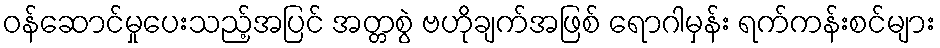
ဝန်ဆောင်မှုပေးသည့်အပြင် အတ္တစွဲ ဗဟိုချက်အဖြစ် ရောဂါမှန်း ရက်ကန်းစင်များ